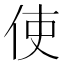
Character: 使